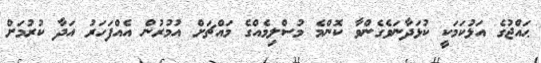
ޙައްޖުގެ އަޅުކަމަކީ ކުޅަދާނަވެގެންވާ ކޮންމެ މުސްލިމެއްގެ މައްޗަށް އުމުރުން އެއްފަހަރު އަދާ ކުރުމަށް